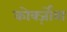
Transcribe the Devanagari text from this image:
कोर्क्ज़ोवा